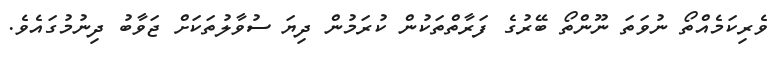
ވެރިކަމެއްތޯ ނުވަތަ ނޫންތޯ ބޭރުގެ ފަރާތްތަކުން ކުރަމުން ދިޔަ ސުވާލުތަކަށް ޖަވާބު ދިނުމުގައެވެ.